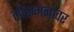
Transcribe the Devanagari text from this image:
लोकमनावर